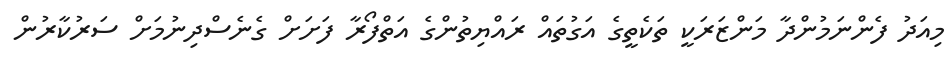
މިއަދު ފެންނަމުންދާ މަންޒަރަކީ ތަކެތީގެ އަގުތައް ރައްޔިތުންގެ އަތްފޯރާ ފަށަށް ގެނެސްދިނުމަށް ސަރުކާރުން